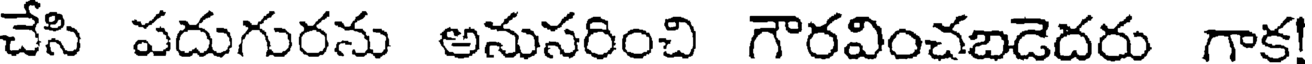
చేసి పదుగురను అనుసరించి గౌరవించబడెదరు గాక